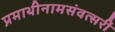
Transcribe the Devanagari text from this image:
प्रमाथीनामसंवत्सरीं